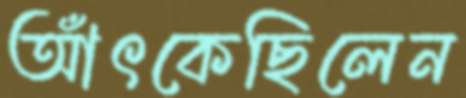
আঁৎকেছিলেন